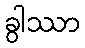
ခွါဿာ